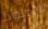
الجلود